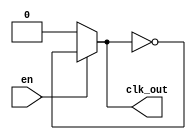
`timescale 1 ps/ 1 ps
module RingOscillator #(parameter NO_STAGES = 3,      // Number of inverter stage
                        parameter INV_DELAY_ns = 2   // Delay of single inverter in ns
                        )(input wire en,
                          output wire clk_out
                        );    
    
    wire [NO_STAGES:0] wi;
    
    assign wi[0]   = en ? wi[NO_STAGES] : 0;
    assign clk_out = en ? wi[NO_STAGES] : 0;
    
    genvar i;
    generate for(i = 0; i < NO_STAGES; i = i + 1) begin
            if(i == 0) begin
                not #(INV_DELAY_ns)(wi[i + 1], wi[0]);    
            end
            else if(i >= NO_STAGES) begin
                not #(INV_DELAY_ns)(wi[i + 1], wi[i]);   
            end
            else begin
                not #(INV_DELAY_ns)(wi[i + 1], wi[i]);   
            end
        end
    endgenerate   
    
endmodule